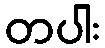
တပါး